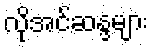
လိုအင်ဆန္ဒများ